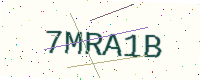
Text: 7MRA1B